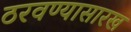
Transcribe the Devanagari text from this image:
ठरवण्यासारख